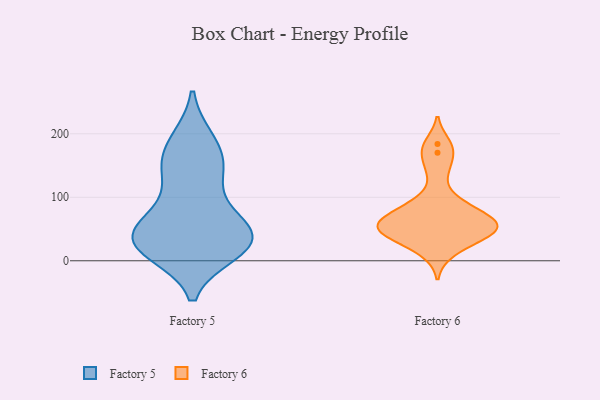
{"axis": {"x": "Waste Production (Tons)", "y": "Value"}, "legend": ["Factory 5", "Factory 6"], "data": [{"x": "", "y": 138, "type": "Factory 5"}, {"x": "", "y": 14, "type": "Factory 5"}, {"x": "", "y": 80, "type": "Factory 5"}, {"x": "", "y": 78, "type": "Factory 5"}, {"x": "", "y": 146, "type": "Factory 5"}, {"x": "", "y": 31, "type": "Factory 5"}, {"x": "", "y": 35, "type": "Factory 5"}, {"x": "", "y": 140, "type": "Factory 5"}, {"x": "", "y": 13, "type": "Factory 5"}, {"x": "", "y": 43, "type": "Factory 5"}, {"x": "", "y": 16, "type": "Factory 5"}, {"x": "", "y": 45, "type": "Factory 5"}, {"x": "", "y": 163, "type": "Factory 5"}, {"x": "", "y": 191, "type": "Factory 5"}, {"x": "", "y": 191, "type": "Factory 5"}, {"x": "", "y": 25, "type": "Factory 5"}, {"x": "", "y": 52, "type": "Factory 5"}, {"x": "", "y": 37, "type": "Factory 5"}, {"x": "", "y": 53, "type": "Factory 6"}, {"x": "", "y": 62, "type": "Factory 6"}, {"x": "", "y": 184, "type": "Factory 6"}, {"x": "", "y": 68, "type": "Factory 6"}, {"x": "", "y": 170, "type": "Factory 6"}, {"x": "", "y": 13, "type": "Factory 6"}, {"x": "", "y": 60, "type": "Factory 6"}, {"x": "", "y": 39, "type": "Factory 6"}, {"x": "", "y": 142, "type": "Factory 6"}, {"x": "", "y": 91, "type": "Factory 6"}, {"x": "", "y": 47, "type": "Factory 6"}, {"x": "", "y": 44, "type": "Factory 6"}, {"x": "", "y": 91, "type": "Factory 6"}, {"x": "", "y": 34, "type": "Factory 6"}, {"x": "", "y": 64, "type": "Factory 6"}]}